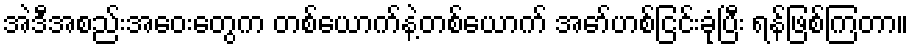
အဲဒီအစည်းအဝေးတွေက တစ်ယောက်နဲ့တစ်ယောက် အော်ဟစ်ငြင်းခုံပြီး ရန်ဖြစ်ကြတာ။